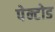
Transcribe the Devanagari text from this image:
पेन्टोड